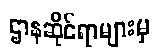
ဌာနဆိုင်ရာများမှ